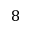
8